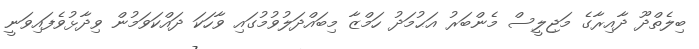
ބިލެތްދޫ ދާއިރާގެ މަޖިލީސް މެންބަރު އަޙުމަދު ހަމްޒާ މިބައްދަލުވުމުގައި ވާހަކަ ދައްކަވަމުން ވިދާޅުވެފައިވަނީ